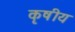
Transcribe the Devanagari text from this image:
कृषीय